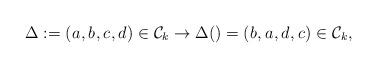
LaTeX: \begin{align*}\Delta :=(a_{},b_{},c_{},d_{})\in \mathcal{C}_{k}\rightarrow \Delta ()=(b_{},a_{},d_{},c_{})\in \mathcal{C}_{k},\end{align*}